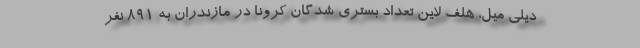
دیلی میل، هلف لاین تعداد بستری شدگان کرونا در مازندران به ۸۹۱ نفر